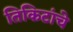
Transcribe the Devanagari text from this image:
तिकिटांचे